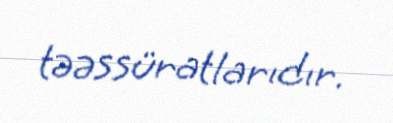
təəssüratlarıdır.